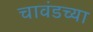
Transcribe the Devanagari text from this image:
चावंडच्या